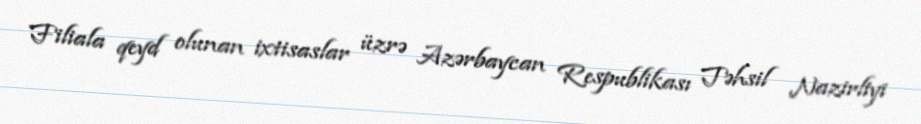
Filiala qeyd olunan ixtisaslar üzrə Azərbaycan Respublikası Təhsil Nazirliyi